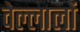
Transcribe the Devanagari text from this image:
वेल्लालों